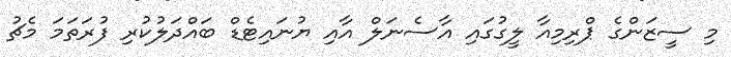
މި ސީޒަންގެ ޕްރިިމިއާ ލީގުގައި އާސެނަލް އާއި ޔުނައިޓެޑް ބައްދަލުކުރި ފުރަތަމަ މެޗު